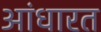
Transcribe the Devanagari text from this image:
आंधारत